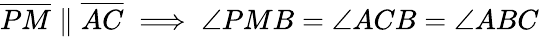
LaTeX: {\overline{{PM}}}\parallel{\overline{{AC}}}\implies\angle PMB=\angle ACB=\angle ABC